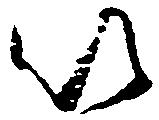
以